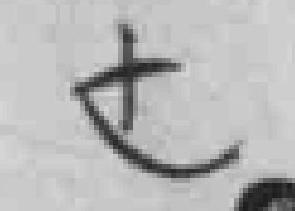
也